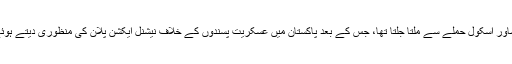
یہ حملہ سن دو ہزار چار میں پشاور اسکول حملے سے ملتا جلتا تھا، جس کے بعد پاکستان میں عسکریت پسندوں کے خلاف نیشنل ایکشن پلان کی منظوری دیتے ہوئے آپریشن شروع کر دیا گیا تھا۔